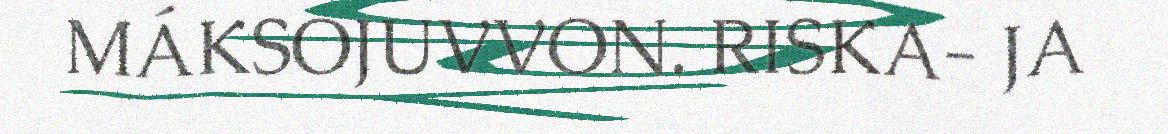
MÁKSOJUVVON. RISKA- JA